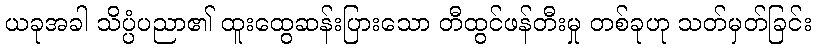
ယခုအခါ သိပ္ပံပညာ၏ ထူးထွေဆန်းပြားသော တီထွင်ဖန်တီးမှု တစ်ခုဟု သတ်မှတ်ခြင်း